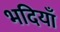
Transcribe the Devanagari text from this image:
भदियाँ